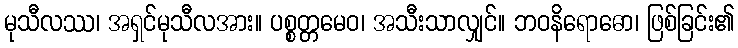
မုသီလဿ၊ အရှင်မုသီလအား။ ပစ္စတ္တမေဝ၊ အသီးသာလျှင်။ ဘဝနိရောဓော၊ ဖြစ်ခြင်း၏